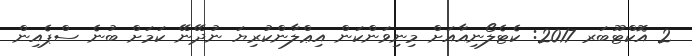
2 އޮކްޓޫބަރ 2017: ކެޓެލޯނިއާއަށް މިނިވަންކަން އިޢްލާންކުރިޔަ ނުދޭނޭ ކަމަށް ބުނެ ސްޕެއިން